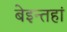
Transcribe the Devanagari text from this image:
बेइन्तहां